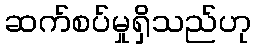
ဆက်စပ်မှုရှိသည်ဟု